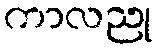
ကာလညု